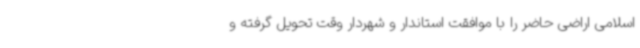
اسلامی اراضی حاضر را با موافقت استاندار و شهردار وقت تحویل گرفته و